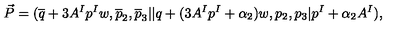
{ \vec { P } } = ( { \overline { q } } + 3 A ^ { I } p ^ { I } w , { \overline { p } } _ { 2 } , { \overline { p } } _ { 3 } \vert \vert q + ( 3 A ^ { I } p ^ { I } + \alpha _ { 2 } ) w , p _ { 2 } , p _ { 3 } \vert p ^ { I } + \alpha _ { 2 } A ^ { I } ) ,